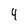
Character: 4